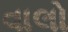
વાલો